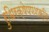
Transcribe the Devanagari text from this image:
रुधिरक्षेपणशक्ति